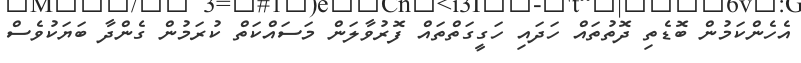
އެހެންކަމުން ބޮޑެތި ދޮތުތައް ހަދައި ހަގީގަތްތައް ފޮރުވާލަން މަސައްކަތް ކުރަމުން ގެންދާ ބަޔަކުވެސް